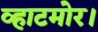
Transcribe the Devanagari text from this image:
व्हाटमोर।